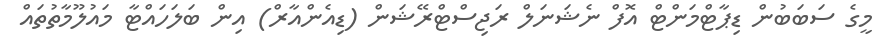
މީގެ ސަބަބުން ޑިޕާޓްމަންޓް އޮފް ނެޝަނަލް ރަޖިސްޓްރޭޝަން (ޑިއެންއާރް) އިން ބަލަހައްޓާ މައުލޫމާތުތައް